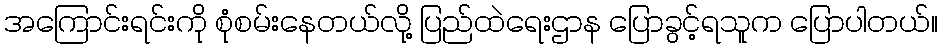
အကြောင်းရင်းကို စုံစမ်းနေတယ်လို့ ပြည်ထဲရေးဌာန ပြောခွင့်ရသူက ပြောပါတယ်။